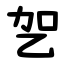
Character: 乫